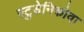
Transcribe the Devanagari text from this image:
स्टुडेनिकोवा